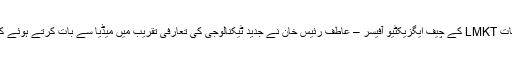
یہ بات LMKT کے چیف ایگزیکٹیو آفیسر – عاطف رئیس خان نے جدید ٹیکنالوجی کی تعارفی تقریب میں میڈیا سے بات کرتے ہوئے کہی۔